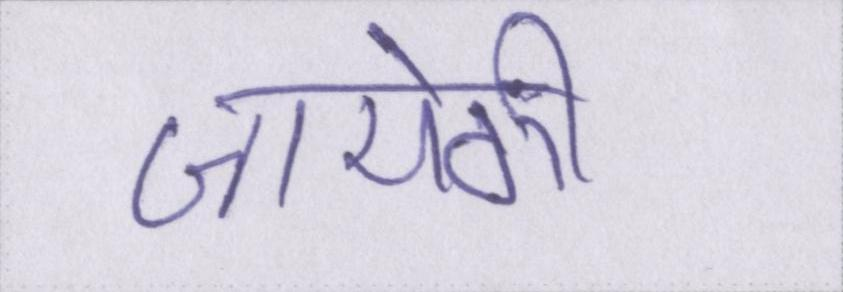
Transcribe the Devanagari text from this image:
जायेगी।